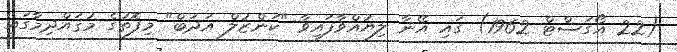
(22 އޯގަސްޓް 1962) ގައި އޭނާ ލިޔުއްވާފައިވާ "ކަންޒުލް އަދަބް" މިފޮތުގެ މުޤައްދިމާގައި